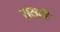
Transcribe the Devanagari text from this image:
रासही